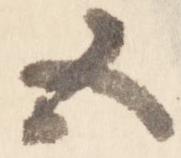
五